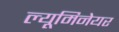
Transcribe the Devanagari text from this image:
ल्यूमिनेयर